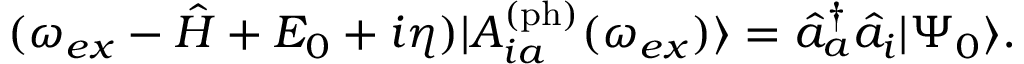
\begin{array} { r } { ( \omega _ { e x } - \hat { H } + E _ { 0 } + i \eta ) | A _ { i a } ^ { \mathrm { ( p h ) } } ( \omega _ { e x } ) \rangle = \hat { a } _ { a } ^ { \dagger } \hat { a } _ { i } | \Psi _ { 0 } \rangle . } \end{array}